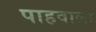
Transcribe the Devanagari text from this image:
पाहवाला